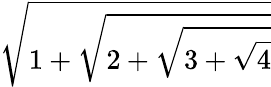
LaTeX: \sqrt{1+\sqrt{2+\sqrt{3+\sqrt{4}}}}